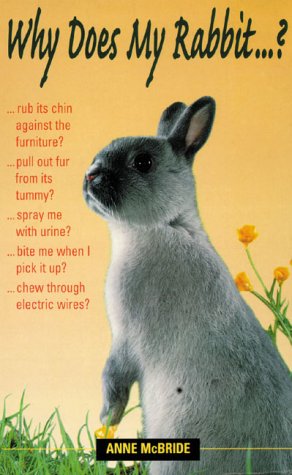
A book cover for Why Does My Rabbit . . . ? (Pet Care); Anne McBride; Crafts, Hobbies & Home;